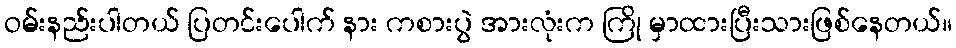
ဝမ်းနည်းပါတယ် ပြတင်းပေါက် နား ကစားပွဲ အားလုံးက ကြို မှာထားပြီးသားဖြစ်နေတယ်။